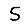
Digit: 5